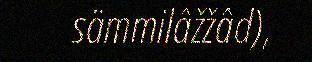
sämmilâžžâd),